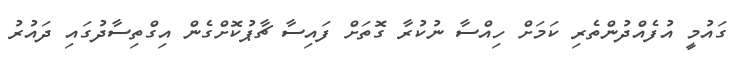
ގައުމީ އުފެއްދުންތެރި ކަމަށް ހިއްސާ ނުކުރާ ގޮތަށް ފައިސާ ޗާޕުކޮށްގެން އިގްތިސާދުގައި ދައުރު